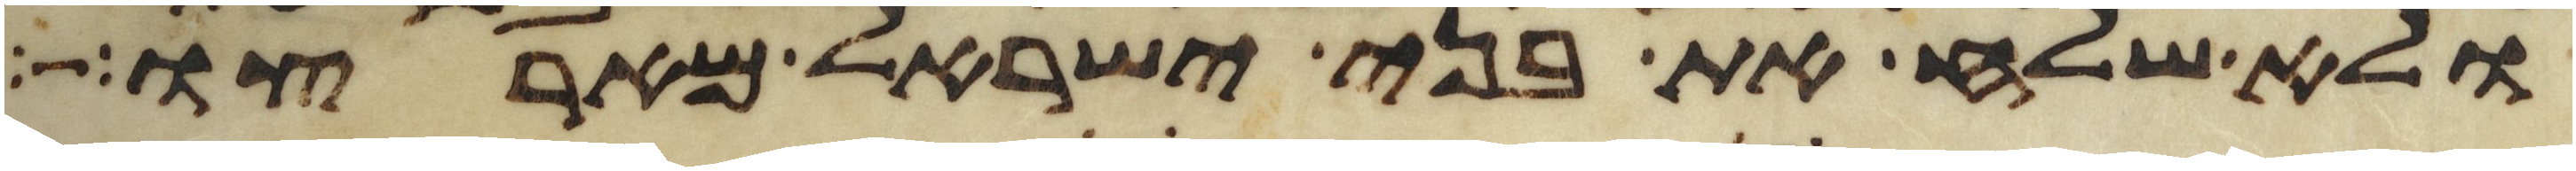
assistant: ולא שלח את בני ישראל מארצו